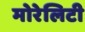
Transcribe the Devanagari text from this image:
मोरेलिटी